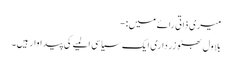
میری ذاتی رائے میں:-
بلاول بھٹو زرداری ایک سیاسی المیے کی پیداوار ہیں۔